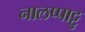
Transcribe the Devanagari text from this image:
नालप्पाट्टु